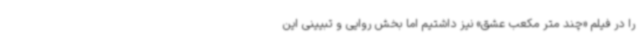
را در فیلم «چند متر مکعب عشق» نیز داشتیم اما بخش روایی و تبیینی این